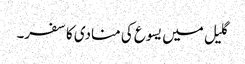
گلیل میں یسوع کی منادی کا سفر۔